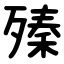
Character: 殝